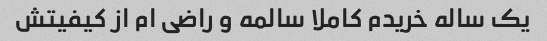
یک ساله خریدم کاملا سالمه و راضی ام از کیفیتش